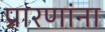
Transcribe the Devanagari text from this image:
प्रारणांना